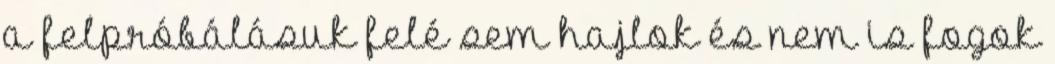
a felpróbálásuk felé sem hajlok és nem is fogok